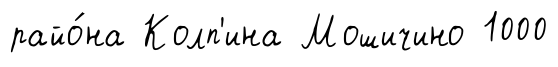
райо́на Колп'ина Мошичино 1000